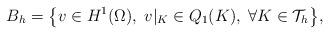
LaTeX: \begin{align*}B_h=\big\{v\in H^1(\Omega),\; v|_K\in Q_1(K),\; \forall K\in \mathcal{T}_h\big\},\end{align*}